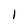
Character: l